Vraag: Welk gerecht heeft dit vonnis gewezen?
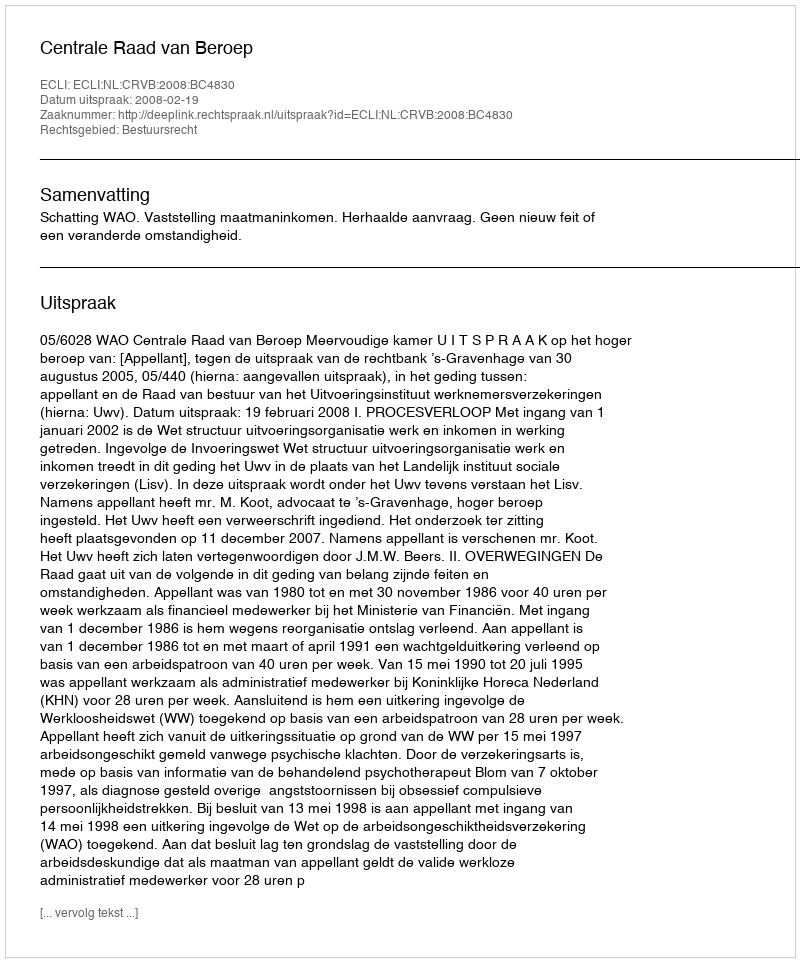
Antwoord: Centrale Raad van Beroep